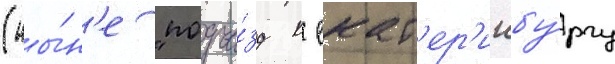
(ны́н'е "подъе́зд к екат'ер'инбу́ргу